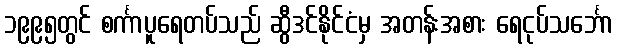
၁၉၉၅တွင် စင်္ကာပူရေတပ်သည် ဆွီဒင်နိုင်ငံမှ အတန်းအစား ရေငုပ်သင်္ဘော